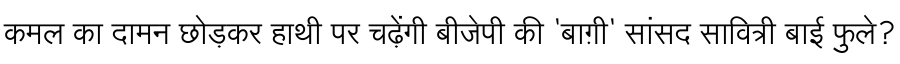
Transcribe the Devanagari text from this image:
कमल का दामन छोड़कर हाथी पर चढ़ेंगी बीजेपी की 'बाग़ी' सांसद सावित्री बाई फुले?